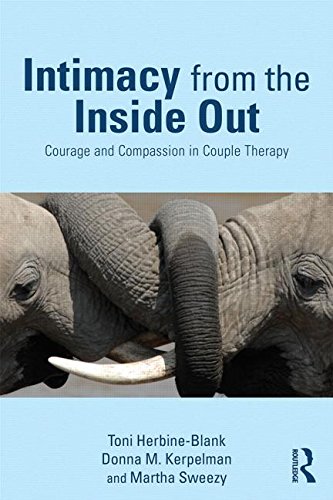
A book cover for Intimacy from the Inside Out: Courage and Compassion in Couple Therapy; Toni Herbine-Blank; Medical Books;